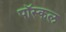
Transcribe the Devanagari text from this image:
पॉस्कल